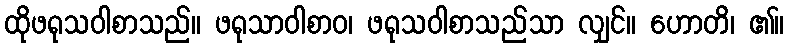
ထိုဖရုသဝါစာသည်။ ဖရုသာဝါစာဝ၊ ဖရုသဝါစာသည်သာ လျှင်။ ဟောတိ၊ ၏။